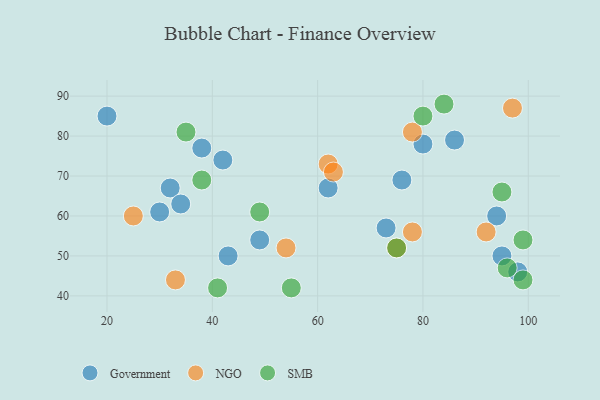
{"axis": {"x": "GDP", "y": "Life Expectancy"}, "legend": ["Government", "NGO", "SMB"], "data": [{"x": "73", "y": 57, "type": "Government"}, {"x": "42", "y": 74, "type": "Government"}, {"x": "76", "y": 69, "type": "Government"}, {"x": "98", "y": 46, "type": "Government"}, {"x": "20", "y": 85, "type": "Government"}, {"x": "32", "y": 67, "type": "Government"}, {"x": "80", "y": 78, "type": "Government"}, {"x": "30", "y": 61, "type": "Government"}, {"x": "43", "y": 50, "type": "Government"}, {"x": "86", "y": 79, "type": "Government"}, {"x": "34", "y": 63, "type": "Government"}, {"x": "62", "y": 67, "type": "Government"}, {"x": "94", "y": 60, "type": "Government"}, {"x": "49", "y": 54, "type": "Government"}, {"x": "95", "y": 50, "type": "Government"}, {"x": "38", "y": 77, "type": "Government"}, {"x": "92", "y": 56, "type": "NGO"}, {"x": "25", "y": 60, "type": "NGO"}, {"x": "97", "y": 87, "type": "NGO"}, {"x": "78", "y": 81, "type": "NGO"}, {"x": "54", "y": 52, "type": "NGO"}, {"x": "62", "y": 73, "type": "NGO"}, {"x": "78", "y": 56, "type": "NGO"}, {"x": "33", "y": 44, "type": "NGO"}, {"x": "63", "y": 71, "type": "NGO"}, {"x": "75", "y": 52, "type": "NGO"}, {"x": "35", "y": 81, "type": "SMB"}, {"x": "84", "y": 88, "type": "SMB"}, {"x": "96", "y": 47, "type": "SMB"}, {"x": "99", "y": 54, "type": "SMB"}, {"x": "41", "y": 42, "type": "SMB"}, {"x": "75", "y": 52, "type": "SMB"}, {"x": "95", "y": 66, "type": "SMB"}, {"x": "38", "y": 69, "type": "SMB"}, {"x": "55", "y": 42, "type": "SMB"}, {"x": "80", "y": 85, "type": "SMB"}, {"x": "49", "y": 61, "type": "SMB"}, {"x": "99", "y": 44, "type": "SMB"}]}